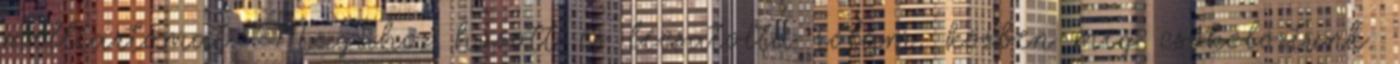
melltartómat. Magához húzott és lecsatolta rólam, közben meg csókolóztunk.